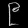
Digit: ၉